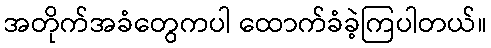
အတိုက်အခံတွေကပါ ထောက်ခံခဲ့ကြပါတယ်။